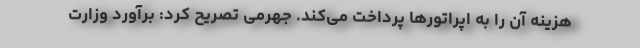
هزینه آن را به اپراتورها پرداخت می‌کند. جهرمی تصریح کرد: برآورد وزارت